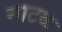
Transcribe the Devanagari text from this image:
नाटळ